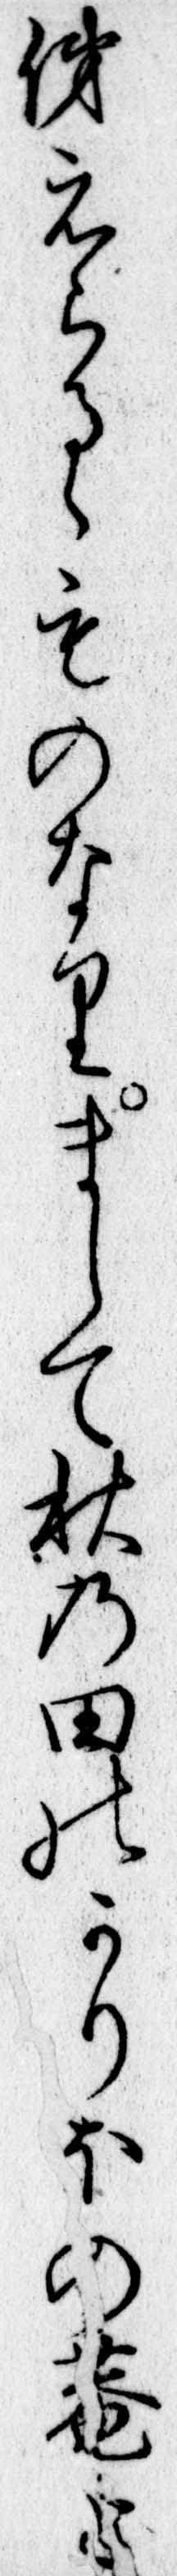
俤えらるゝものなりまして秋の田のかりほの庵と